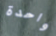
واحدة